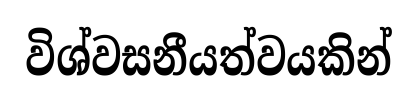
විශ්වසනීයත්වයකින්